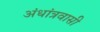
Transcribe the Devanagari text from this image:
अंधांत्रवासी